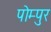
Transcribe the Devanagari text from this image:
पोम्पुर